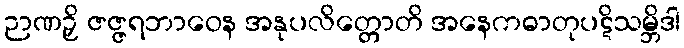
ဉာဏဉှိ ဇဇ္ဇရဘာဝေန အနုပလိတ္တောတိ အနေကဓာတုပဋိသမ္ဘိဒါ